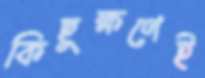
কিছুক্ষণেই